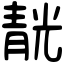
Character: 靗